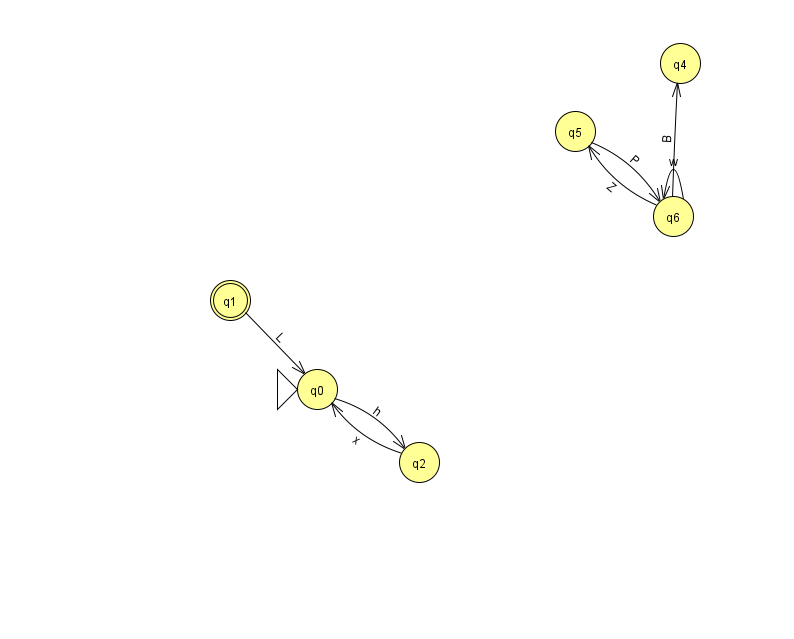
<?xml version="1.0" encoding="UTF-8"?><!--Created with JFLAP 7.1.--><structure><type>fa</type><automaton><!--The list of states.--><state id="0" name="q0"><x>317.0</x><y>376.0</y><initial/></state><state id="1" name="q1"><x>230.0</x><y>287.0</y><final/></state><state id="2" name="q2"><x>419.0</x><y>449.0</y></state><state id="4" name="q4"><x>680.0</x><y>50.0</y></state><state id="5" name="q5"><x>575.0</x><y>118.0</y></state><state id="6" name="q6"><x>673.0</x><y>203.0</y></state><!--The list of transitions.--><transition><from>5</from><to>6</to><read>P</read></transition><transition><from>6</from><to>6</to><read>w</read></transition><transition><from>1</from><to>0</to><read>L</read></transition><transition><from>6</from><to>5</to><read>Z</read></transition><transition><from>6</from><to>4</to><read>B</read></transition><transition><from>0</from><to>2</to><read>h</read></transition><transition><from>2</from><to>0</to><read>x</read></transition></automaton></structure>